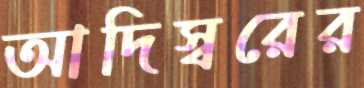
আদিস্বরের